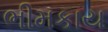
ભીમકાય